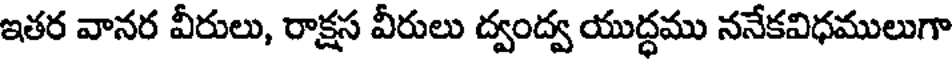
ఇతర వానర వీరులు, రాక్షస వీరులు ద్వంద్వ యుద్ధము ననేకవిధములుగా